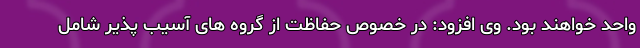
واحد خواهند بود. وی افزود: در خصوص حفاظت از گروه های آسیب پذیر شامل